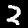
Label: 2